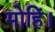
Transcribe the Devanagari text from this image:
मोहिं।